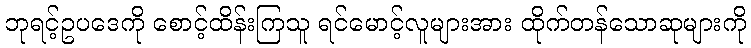
ဘုရင့်ဥပဒေကို စောင့်ထိန်းကြသူ ရင်မောင့်လူများအား ထိုက်တန်သောဆုများကို